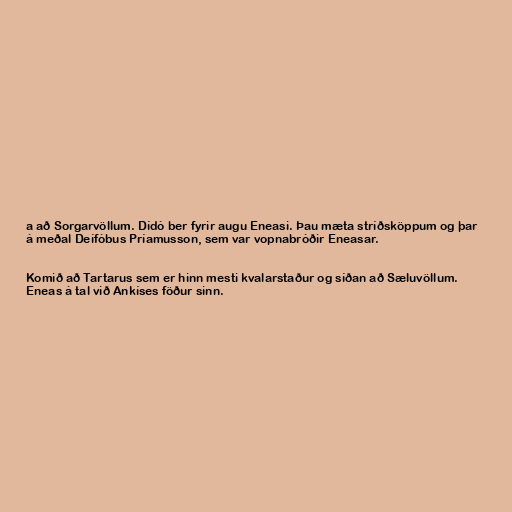
a að Sorgarvöllum. Dídó ber fyrir augu Eneasi. Þau mæta stríðsköppum og þar
á meðal Deífóbus Príamusson, sem var vopnabróðir Eneasar.

Komið að Tartarus sem er hinn mesti kvalarstaður og síðan að Sæluvöllum.
Eneas á tal við Ankíses föður sinn.